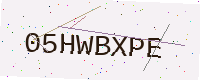
Text: 05HWBXPE